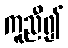
ကူညီ၍